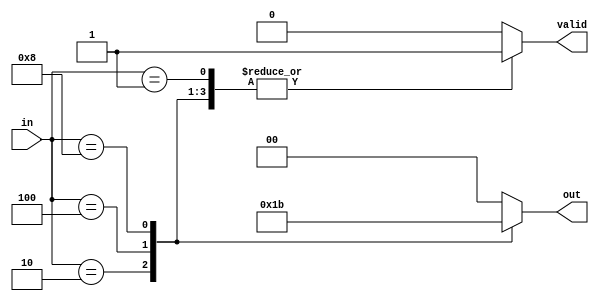
module multilevel_encoder (
    input wire [3:0] in,     // 4 input lines
    output reg [1:0] out,    // 2 output lines for binary encoding
    output reg valid          // Valid signal to indicate if the output is valid
);

    always @(*) begin
        // Default output
        out = 2'b00;
        valid = 1'b0;

        // Check for active inputs
        case (in)
            4'b0001: begin
                out = 2'b00; // Input 0 active
                valid = 1'b1;
            end
            4'b0010: begin
                out = 2'b01; // Input 1 active
                valid = 1'b1;
            end
            4'b0100: begin
                out = 2'b10; // Input 2 active
                valid = 1'b1;
            end
            4'b1000: begin
                out = 2'b11; // Input 3 active
                valid = 1'b1;
            end
            default: begin
                // If multiple inputs are active or none are active
                out = 2'b00; // Default output
                valid = 1'b0; // Invalid output
            end
        endcase
    end

endmodule